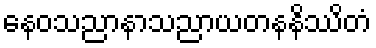
နေဝသညာနာသညာယတနနိဿိတံ